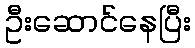
ဦးဆောင်နေပြီး